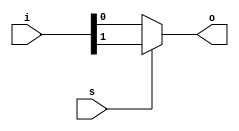
/**********************************
    2:1 Multiplexer - Data Flow
**********************************/

module mux_2_1_df(o,i,s);
input [1:0]i;
input s;
output o;

assign o = s? i[1] : i[0] ;
    
endmodule